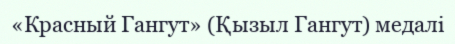
«Красный Гангут» (Қызыл Гангут) медалі